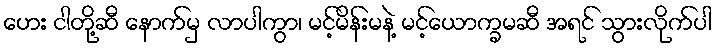
ဟေး ငါတို့ဆီ နောက်မှ လာပါကွာ၊ မင့်မိန်းမနဲ့ မင့်ယောက္ခမဆီ အရင် သွားလိုက်ပါ